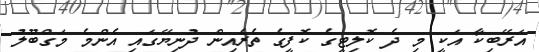
އަރޭބިކާ އަކީ މި ދެ ކޮލިޓީގެ ކޮފީގެ ތެރެއިން ދުނިޔޭގައި އެންމެ މަގްބޫލު